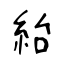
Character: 紿